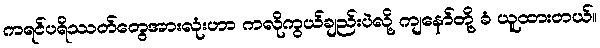
ကရင်ပရိဿတ်တွေအားလုံးဟာ ကလိုကွယ်ချည်းပဲလို့ ကျနော်တို့ ခံ ယူထားတယ်။